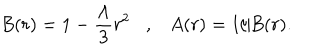
B ( r ) = 1 - { \frac { \Lambda } { 3 } } r ^ { 2 } , A ( r ) = 1 / B ( r ) .